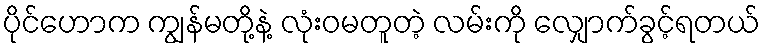
ပိုင်ဟောက ကျွန်မတို့နဲ့ လုံးဝမတူတဲ့ လမ်းကို လျှောက်ခွင့်ရတယ်